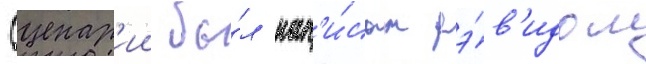
Сценар'ии бы́л нап'и́сан дэ́в'идом